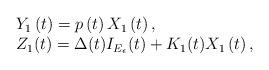
LaTeX: \begin{align*}\begin{array}[c]{l}Y_{1}\left( t\right) =p\left( t\right) X_{1}\left( t\right) ,\\Z_{1}(t)=\Delta(t)I_{E_{\epsilon}}(t)+K_{1}(t)X_{1}\left( t\right) ,\end{array}\end{align*}